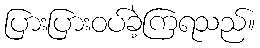
ပြားပြားဝပ်ခဲ့ကြရသည်။